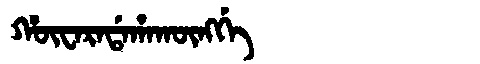
Manchu: ᡥᡡᠸᠠᡵᠠᡩᠠᡥᠠᡴᡡᠩᡤᡝ
Romanization: HŪWARADAHAKŪNGGE